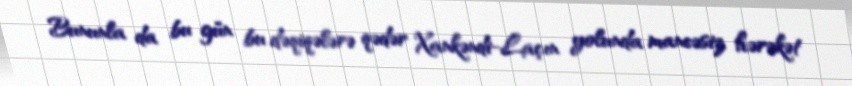
Bununla da bu gün bu dəqiqələrə qədər Xankəndi-Laçın yolunda maneəsiz hərəkət